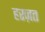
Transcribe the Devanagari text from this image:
हरज़त